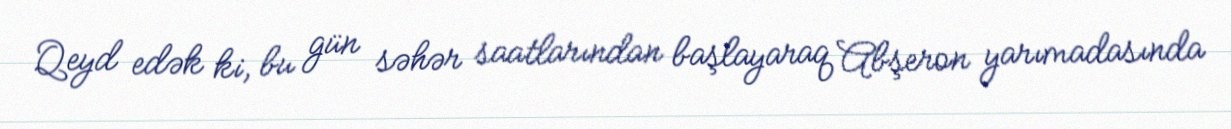
Qeyd edək ki, bu gün səhər saatlarından başlayaraq Abşeron yarımadasında